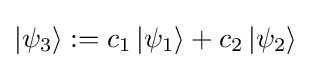
\left|\psi _{3}\right\rangle :=c_{1}\left|\psi _{1}\right\rangle +c_{2}\left|\psi _{2}\right\rangle